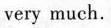
very much.